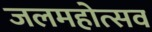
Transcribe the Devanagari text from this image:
जलमहोत्सव